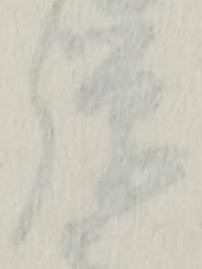
騨